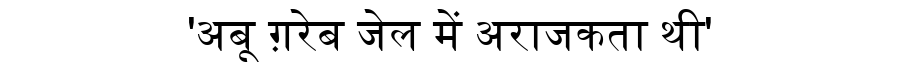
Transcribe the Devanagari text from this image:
'अबू ग़रेब जेल में अराजकता थी'